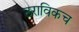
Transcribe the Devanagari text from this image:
ठराविकच